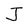
Character: J